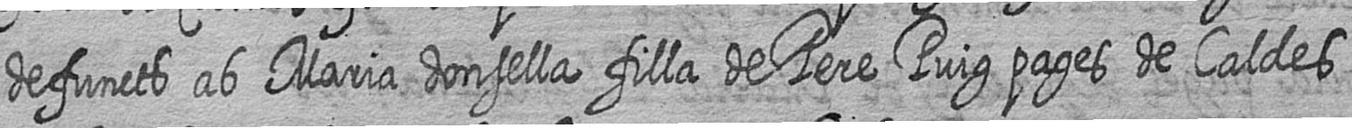
defuncts ab Maria donsella filla de Pere Puig pages de Caldes